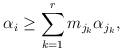
LaTeX: \begin{align*}\alpha_{i} \ge \sum_{k = 1}^r m_{j_k} \alpha_{j_k},\end{align*}